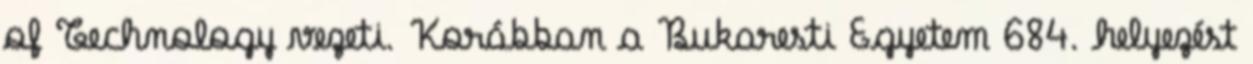
of Technology vezeti. Korábban a Bukaresti Egyetem 684. helyezést